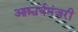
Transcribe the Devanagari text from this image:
आश्चर्यमंजरी